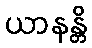
ယာနန္တိ